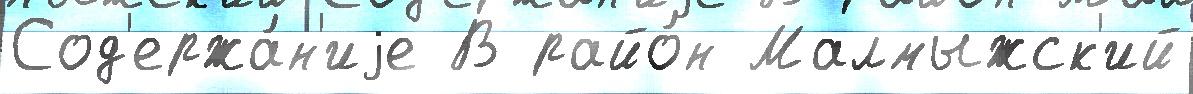
Сод'ержа́н'иjе В райо́н Малмыжск'ий